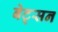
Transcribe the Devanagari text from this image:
बेट्सन